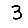
Digit: 3